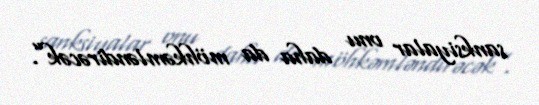
sanksiyalar onu daha da möhkəmləndirəcək”.